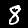
Digit: 8